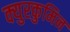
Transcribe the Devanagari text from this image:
क्युरकुमिन